画像に写った文字を読んでください
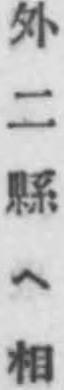
「外二縣ヘ相」と書いてあります